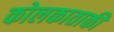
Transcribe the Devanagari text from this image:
कोलकाताकी